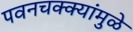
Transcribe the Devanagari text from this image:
पवनचक्‍क्‍यांमुळे